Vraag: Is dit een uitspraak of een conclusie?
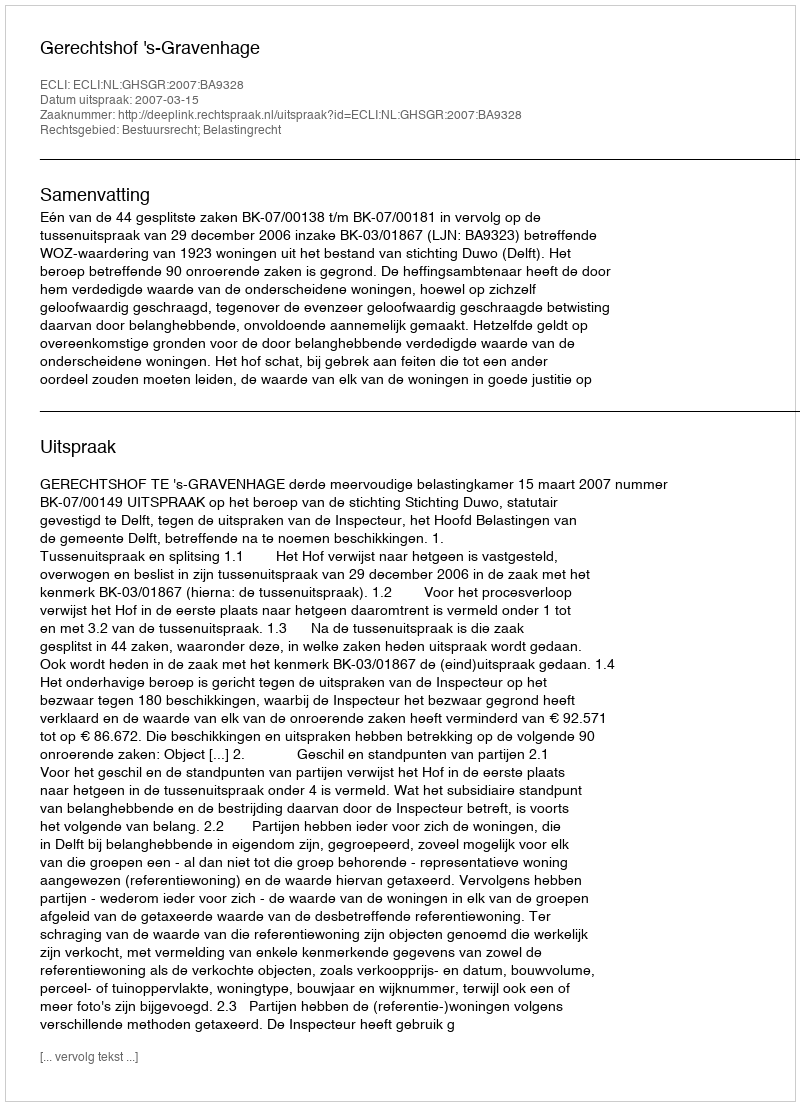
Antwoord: Uitspraak